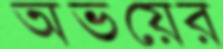
অভয়ের